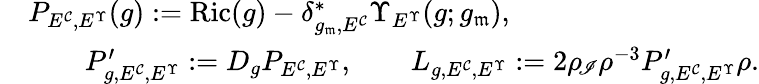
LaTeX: \begin{array}{rl}&{P_{E^{\mathcal C},E^{\Upsilon}}(g):=\mathrm{Ric}(g)-\delta_{g_{\mathfrak{m}},E^{\mathcal C}}^{*}\Upsilon_{E^{\Upsilon}}(g;g_{\mathfrak{m}}),}\\ &{\qquad P_{g,E^{\mathcal C},E^{\Upsilon}}^{\prime}:=D_{g}P_{E^{\mathcal C},E^{\Upsilon}},\qquad L_{g,E^{\mathcal C},E^{\Upsilon}}:=2\rho_{\! \mathscr I}\rho^{-3}P_{g,E^{\mathcal C},E^{\Upsilon}}^{\prime}\rho.}\end{array}